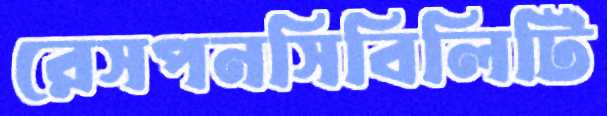
রেসপনসিবিলিটি